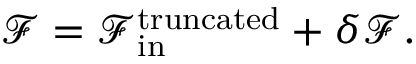
\mathcal { F } = \mathcal { F } _ { \mathrm { i n } } ^ { \mathrm { t r u n c a t e d } } + \delta \mathcal { F } .